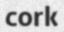
cork